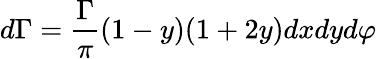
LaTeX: d\Gamma={\frac{\Gamma}{\pi}}(1-y)(1+2y)dxdyd\varphi